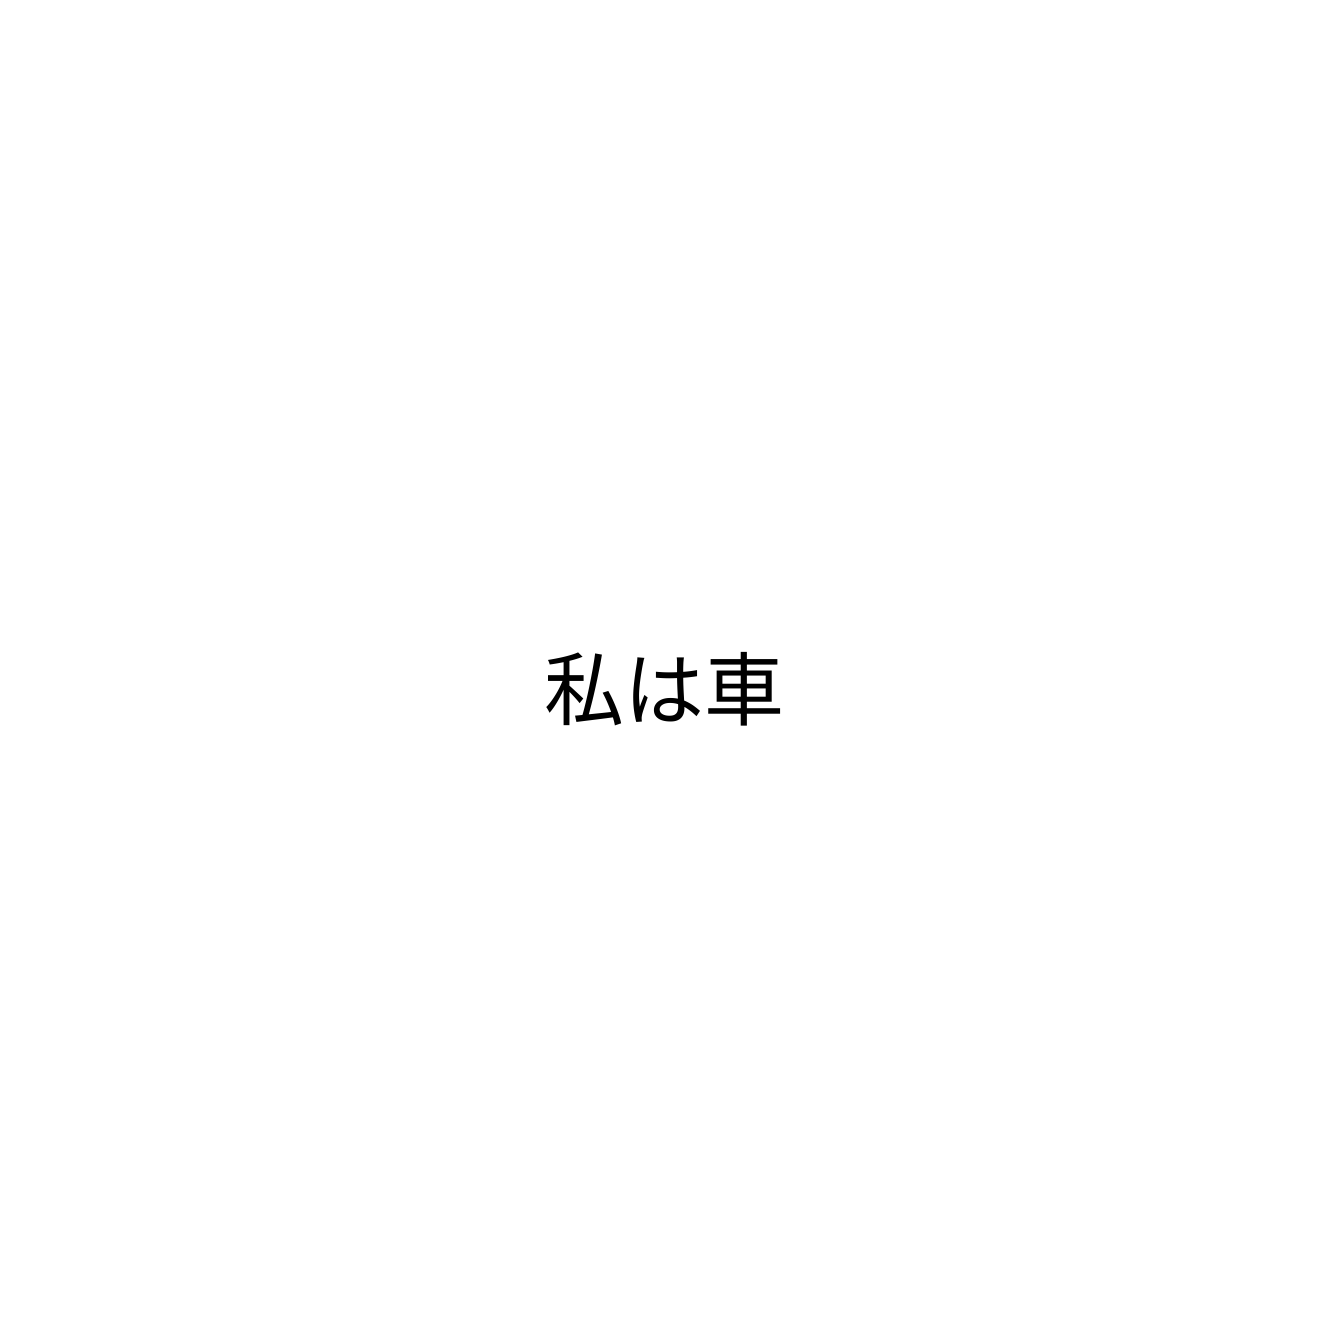
私は車